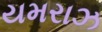
યમરાઝ